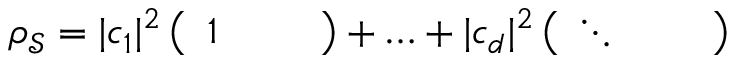
\rho _ { \mathcal { S } } = \lvert c _ { 1 } \rvert ^ { 2 } \left( \begin{array} { l l l } { 1 } & { } & { } \end{array} \right) + \ldots + \lvert c _ { d } \rvert ^ { 2 } \left( \begin{array} { l l l } { \ddots } & { } & { } \end{array} \right)